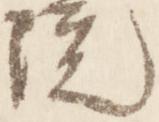
院